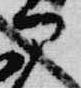
部